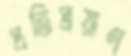
প্রতিপ্রয়াণ